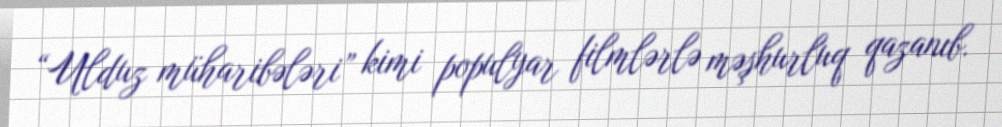
“Ulduz müharibələri” kimi populyar filmlərlə məşhurluq qazanıb.